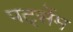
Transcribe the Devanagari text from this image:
पर्ट्सेम